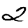
Digit: 2